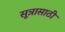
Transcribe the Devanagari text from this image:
सूत्रासाठी